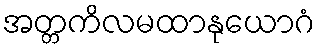
အတ္တကိလမထာနုယောဂံ